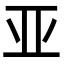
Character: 亚